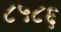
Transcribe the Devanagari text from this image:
८५८६